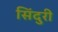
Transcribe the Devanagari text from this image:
सिंदुरी